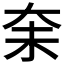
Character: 𪥋